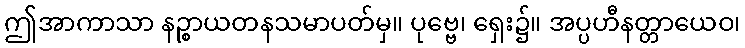
ဤအာကာသာ နဉ္စာယတနသမာပတ်မှ။ ပုဗ္ဗေ၊ ရှေး၌။ အပ္ပဟီနတ္တာယေဝ၊